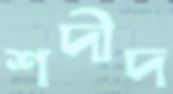
শদীদ